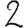
Digit: 2